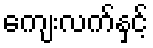
ကျေးလက်နှင့်